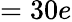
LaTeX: =30e